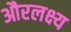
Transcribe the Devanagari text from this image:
औरलक्ष्य